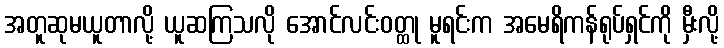
အတူဆုမယူတာလို့ ယူဆကြသလို အောင်လင်းဝတ္ထု မူရင်းက အမေရိကန်ရုပ်ရှင်ကို မှီးလို့